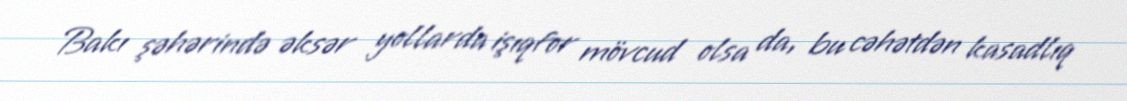
Bakı şəhərində əksər yollarda işıqfor mövcud olsa da, bu cəhətdən kasadlıq